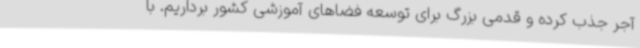
آجر جذب کرده و قدمی بزرگ برای توسعه فضاهای آموزشی کشور برداریم. با